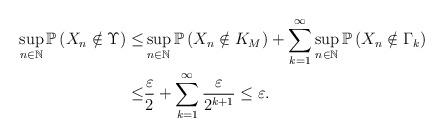
LaTeX: \begin{align*}\sup_{n\in\mathbb{N}}\mathbb{P} \left( X_n \notin \Upsilon \right) \leq & \sup_{n\in\mathbb{N}}\mathbb{P} \left( X_n \notin K_M \right) + \sum_{k=1}^{\infty} \sup_{n\in\mathbb{N}} \mathbb{P} \left( X_n \notin \Gamma_k \right) \\\leq & \frac{\varepsilon}{2} + \sum_{k=1}^{\infty} \frac{\varepsilon}{2^{k+1}} \leq \varepsilon .\end{align*}